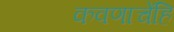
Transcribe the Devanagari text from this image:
कवणाचेंहि